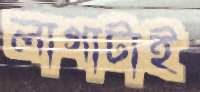
লাগাটাই